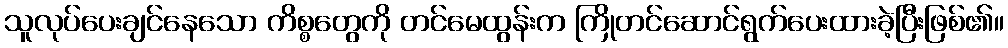
သူလုပ်ပေးချင်နေသော ကိစ္စတွေကို တင်မေထွန်းက ကြိုတင်ဆောင်ရွက်ပေးထားခဲ့ပြီးဖြစ်၏။